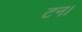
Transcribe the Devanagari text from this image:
टन।